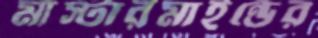
মাস্টারমাইন্ডের